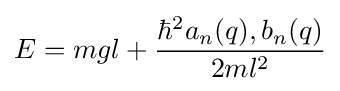
E=mgl+{\frac {\hbar ^{2}a_{n}(q),b_{n}(q)}{2ml^{2}}}